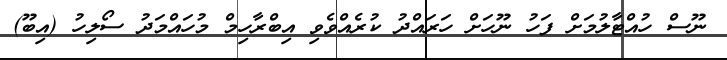
ނޫސް ހުއްޓާލުމަށް ފަހު ނޫހަށް ހަރައްދު ކުރެއްވެވި އިބްރާހިމް މުހައްމަދު ސޯލިހު (އިބޫ)